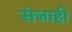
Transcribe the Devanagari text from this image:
संजाही